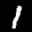
Label: 1